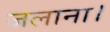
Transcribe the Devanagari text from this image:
जलाना।